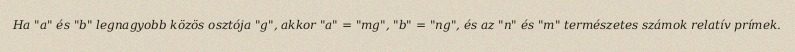
Ha "a" és "b" legnagyobb közös osztója "g", akkor "a" = "mg", "b" = "ng", és az "n" és "m" természetes számok relatív prímek.